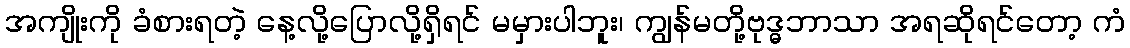
အကျိုးကို ခံစားရတဲ့ နေ့လို့ပြောလို့ရှိရင် မမှားပါဘူး၊ ကျွန်မတို့ဗုဒ္ဓဘာသာ အရဆိုရင်တော့ ကံ